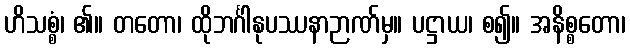
ဟိသစ္စံ၊ ၏။ တတော၊ ထိုဘင်္ဂါနုပဿနာဉာဏ်မှ။ ပဋ္ဌာယ၊ စ၍။ အနိစ္စတော၊